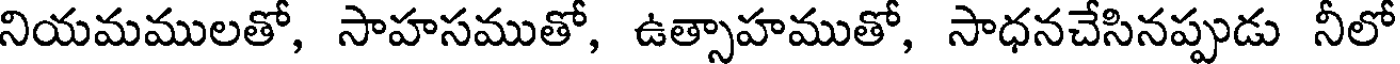
నియమములతో, సాహసముతో, ఉత్సాహముతో, సాధనచేసినప్పుడు నీలో